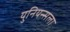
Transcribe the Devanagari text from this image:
युनियन्सला